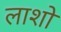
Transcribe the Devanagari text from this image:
लाशो